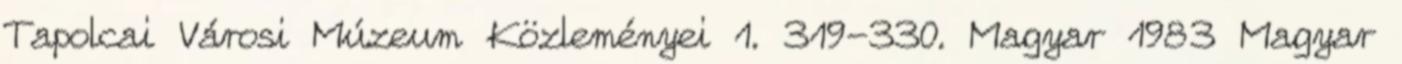
Tapolcai Városi Múzeum Közleményei 1. 319-330. Magyar 1983 Magyar